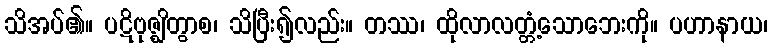
သိအပ်၏။ ပဋိဗုဇ္ဈိတွာစ၊ သိပြီး၍လည်း။ တဿ၊ ထိုလာလတ္တံ့သောဘေးကို။ ပဟာနာယ၊